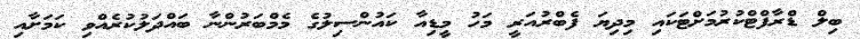
ބިލް ޑްރާފްޓްކުރުމަށްޓަކައި މިދިޔަ ފެބްރުއަރީ މަހު މީޑިއާ ކައުންސިލުގެ މެމްބަރުންނާ ބައްދަލުކުރެއްވި ކަމަށާއި